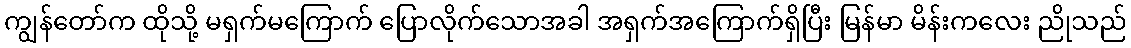
ကျွန်တော်က ထိုသို့ မရှက်မကြောက် ပြောလိုက်သောအခါ အရှက်အကြောက်ရှိပြီး မြန်မာ မိန်းကလေး ညိုသည်